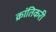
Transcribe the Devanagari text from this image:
क्रांतिकरी